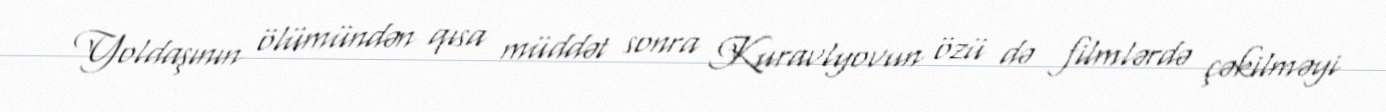
Yoldaşının ölümündən qısa müddət sonra Kuravlyovun özü də filmlərdə çəkilməyi